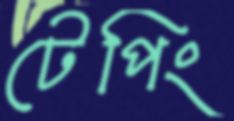
টেপিং